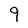
Character: 9